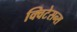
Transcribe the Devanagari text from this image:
क्विटेसन्स